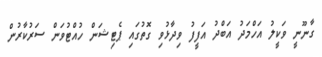
ގާނޫނީ ވަކީލު އަހްމަދު އަބްދު އަފީފު ވިދާޅުވި ގޮތުގައި ޕެޓިޝަން ހުއްޓުވަން ސަރުކާރުން